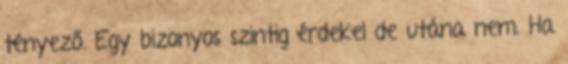
tényező. Egy bizonyos szintig érdekel de utána nem. Ha